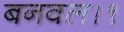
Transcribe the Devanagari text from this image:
बनवल।१